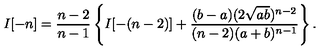
I [ - n ] = \frac { n - 2 } { n - 1 } \left\{ I [ - ( n - 2 ) ] + \frac { ( b - a ) ( 2 \sqrt { a b } ) ^ { n - 2 } } { ( n - 2 ) ( a + b ) ^ { n - 1 } } \right\} .